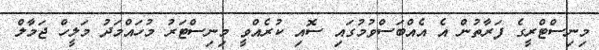
މިނިސްޓްރީގެ ފަރާތުން އެ އެއްބަސްވުމުގައި ސޮއި ކުރެއްވީ މިނިސްޓަރު މުހައްމަދު މަލީހް ޖަމާލް